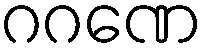
ဂဂဏေ